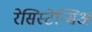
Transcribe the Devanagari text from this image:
रेसिस्टेन्सिअ